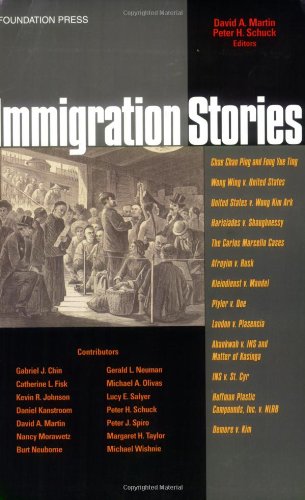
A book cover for Immigration Stories; David A. Martin; Law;